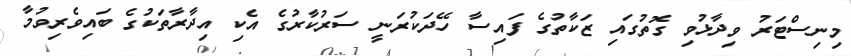
މިނިސްޓަރު ވިދާޅުވި ގޮތުގައި ޒަކާތުގެ ފައިސާ ހޭދަކުރަނީ ސަރުކާރުގެ އެކި އިދާރާތަކުގެ ބައިވެރިވުމާ